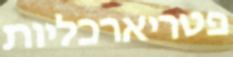
פטריארכליות